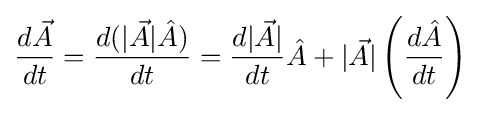
{d{\vec {A}} \over dt}={d(|{\vec {A}}|{\hat {A}}) \over dt}={d|{\vec {A}}| \over dt}{\hat {A}}+|{\vec {A}}|\left({d{\hat {A}} \over dt}\right)